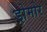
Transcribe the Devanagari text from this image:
ड्रोमोर